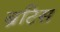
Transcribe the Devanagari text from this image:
ब्रटिस